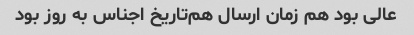
عالی بود هم زمان ارسال هم‌تاریخ اجناس به روز بود